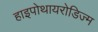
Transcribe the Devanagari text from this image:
हाइपोथायरोडिज्म